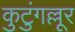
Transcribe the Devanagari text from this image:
कुटुंगल्लूर